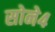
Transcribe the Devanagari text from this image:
सोने४